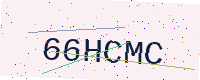
Text: 66HCMC